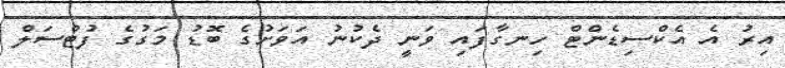
އިރު އެ އެކްސިޑެންޓް ހިނގާފައި ވަނީ ދެކުނު އަވަށުގެ ބޮޑު މަގުގެ ފުޓްސަލް